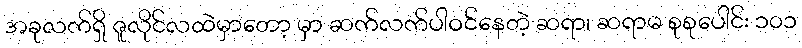
အခုလက်ရှိ ဇူလိုင်လထဲမှာတော့ မှာ ဆက်လက်ပါဝင်နေတဲ့ ဆရာ၊ ဆရာမ စုစုပေါင်း ၁၀၁